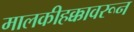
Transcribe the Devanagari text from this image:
मालकीहक्कावरून